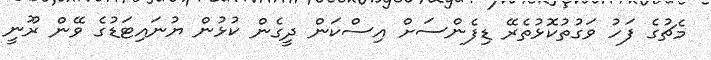
މެޗުގެ ފަހު ވަގުތުކޮޅުތެރޭ ޑިފެންސަށް އިސްކަން ދީގެން ކުޅުން ޔުނައިޓަޑުގެ ވޭން ރޫނީ